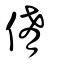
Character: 倄